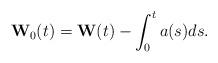
LaTeX: \begin{align*}\mathbf{W}_0(t) = \mathbf{W}(t) - \int_{0}^{t}a(s) ds.\end{align*}